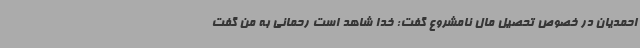
احمدیان در خصوص تحصیل مال نامشروع گفت: خدا شاهد است رحمانی به من گفت